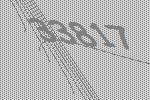
33817